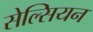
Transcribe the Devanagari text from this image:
सेल्सियन